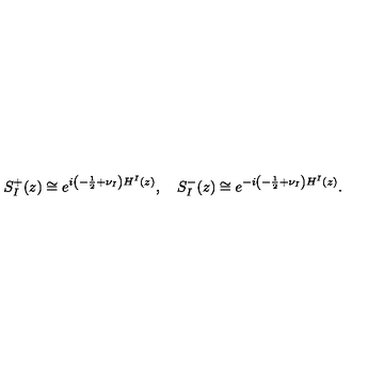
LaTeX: S _ { I } ^ { + } ( z ) \cong e ^ { i \left( - \frac { 1 } { 2 } + \nu _ { I } \right) H ^ { I } ( z ) } , \quad S _ { I } ^ { - } ( z ) \cong e ^ { - i \left( - \frac { 1 } { 2 } + \nu _ { I } \right) H ^ { I } ( z ) } .